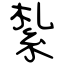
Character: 紮